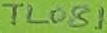
Text: TL081